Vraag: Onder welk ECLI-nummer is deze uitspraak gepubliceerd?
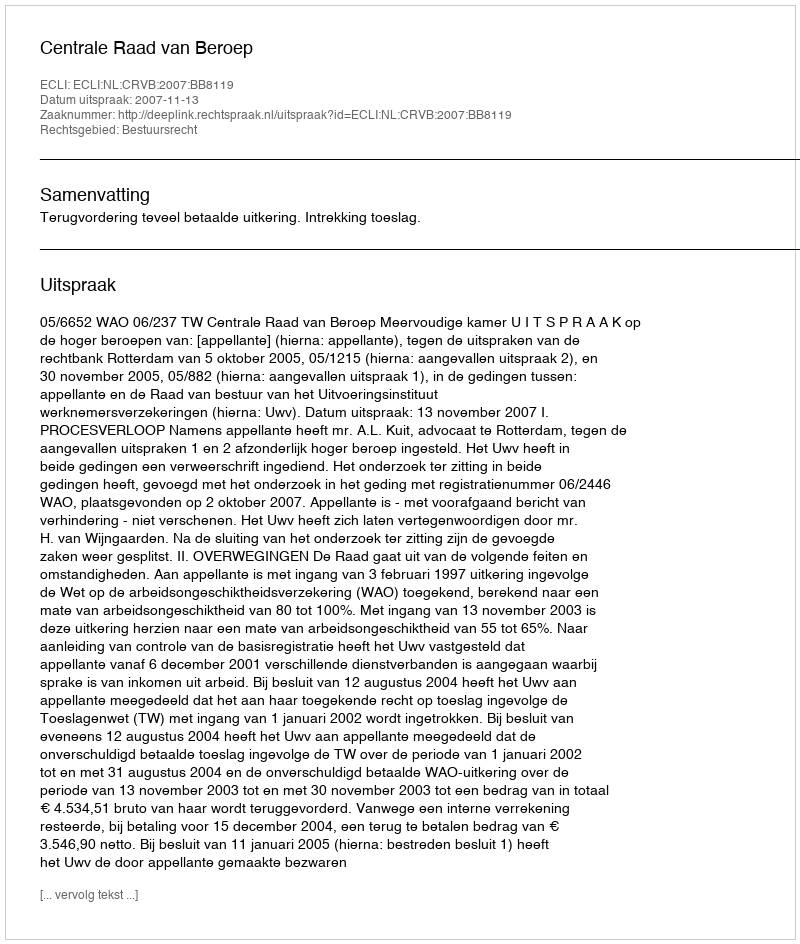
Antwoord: ECLI:NL:CRVB:2007:BB8119